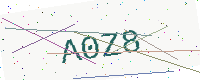
Text: A0Z8